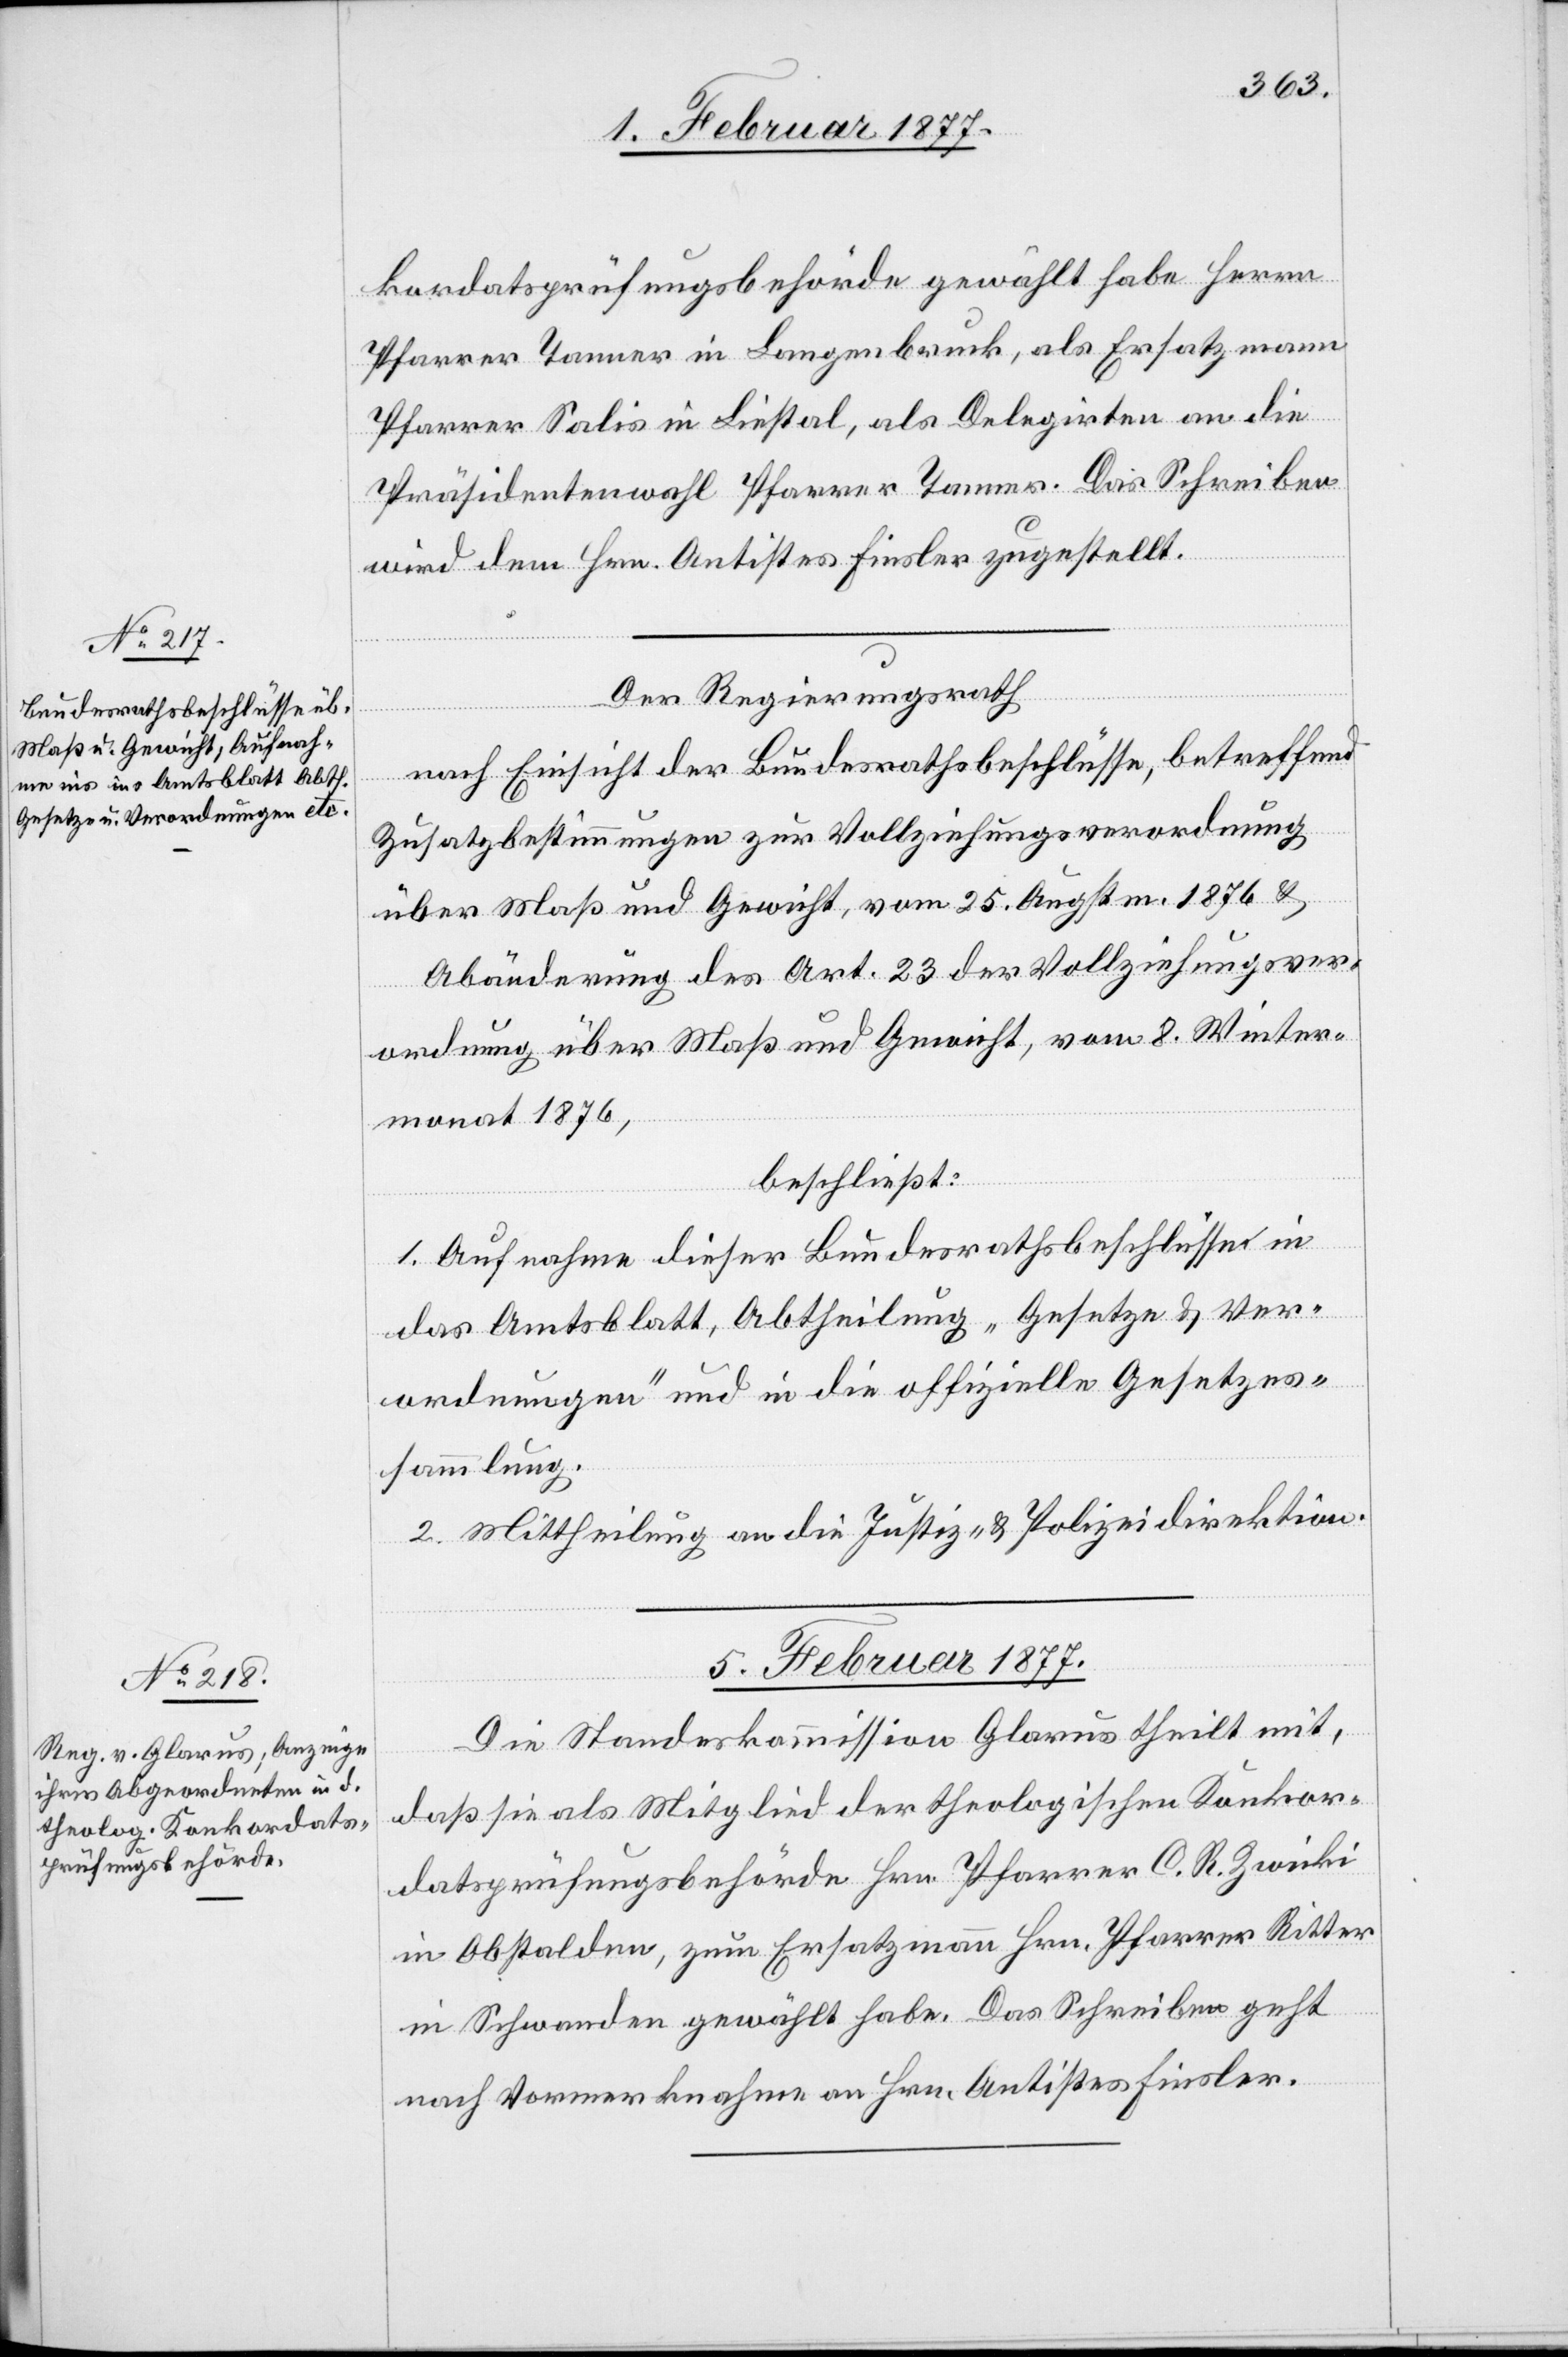
kordanzprüfungsbehörde gewählt habe Herrn
Pfarrer Tanner in Langenbruck, als Ersatzmann
Pfarrer Salis in Liestal, als Delegirten an die
Präsidentenwahl Pfarrer Tanner. Das Schreiben
wird dem Hrn. Antistes Fiesler zugestellt.
Der Regierungsrath,
nach Einsicht der Bundesrathsbeschlüsse, betreffend
Zusatzbestimmungen zur Vollziehungsverordnung
über Maß und Gewicht, vom 25. Augstm. 1876 &
Abänderung des Art. 23 der Vollziehungsver¬
ordnung über Maß und Gewicht, vom 8. Winter¬
monat 1876,
beschließt:
1. Aufnahme dieser Bundesrathsbeschlüsse in
das Amtsblatt, Abtheilung „Gesetze & Ver¬
ordnungen“ und in die offizielle Gesetzes¬
sammlung.
3. Mittheilung an die Justiz- & Polizeidirektion.
5. Februar 1877.
Die Standeskommission Glarus theilt mit,
daß sie als Mitglied der theologischen Konkor¬
datsprüfungsbehörde Hrn. Pfarrer C. R. Zwicki
in Obstalden, zum Ersatzmann Hrn. Pfarrer Ritter
in Schwanden gewählt habe. Das Schreiben geht
nach Vormerknahme an Hrn. Antistes Fiesler.